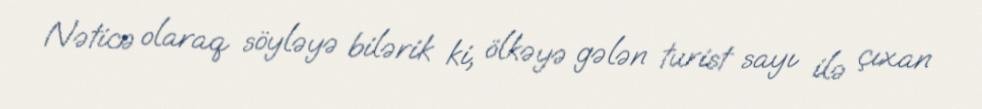
Nəticə olaraq söyləyə bilərik ki, ölkəyə gələn turist sayı ilə çıxan